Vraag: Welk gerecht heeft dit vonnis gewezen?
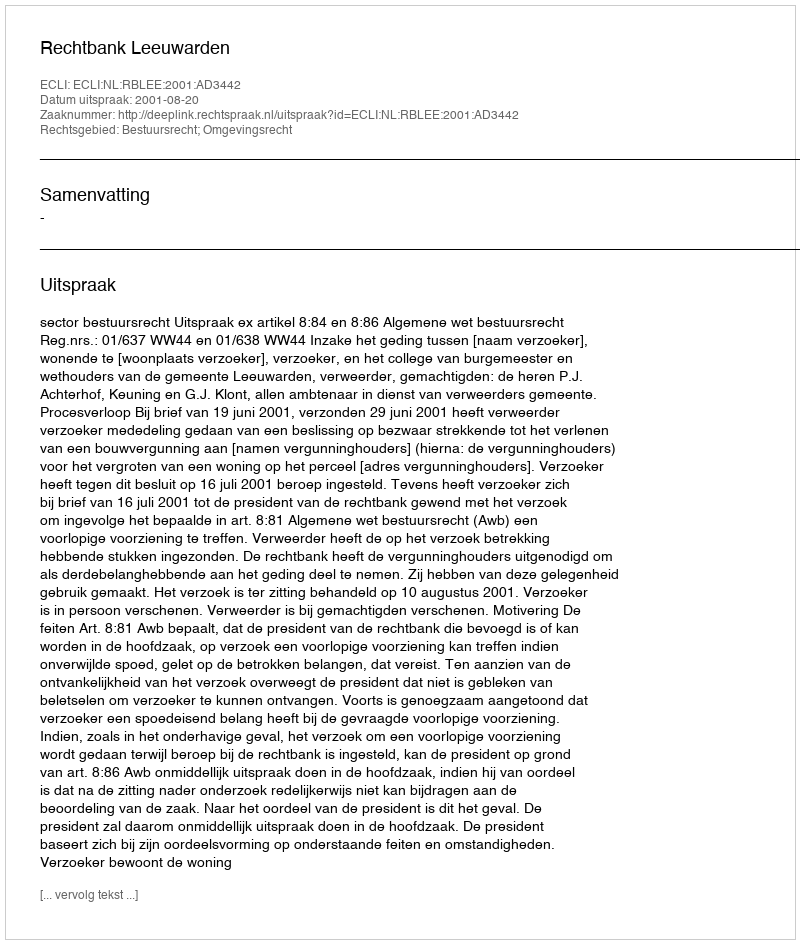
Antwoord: Rechtbank Leeuwarden